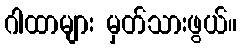
ဂါထာများ မှတ်သားဖွယ်။